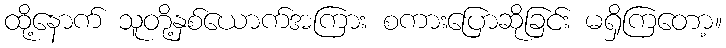
ထို့နောက် သူတို့နှစ်ယောက်အကြား စကားပြောဆိုခြင်း မရှိကြတော့။